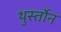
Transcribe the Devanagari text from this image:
थुर्स्तोन